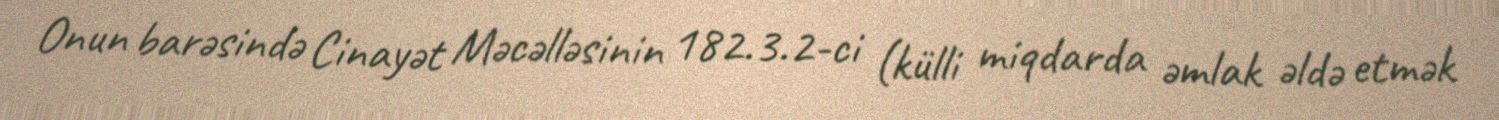
Onun barəsində Cinayət Məcəlləsinin 182.3.2-ci (külli miqdarda əmlak əldə etmək